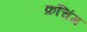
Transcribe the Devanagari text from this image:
क्रंचिंग